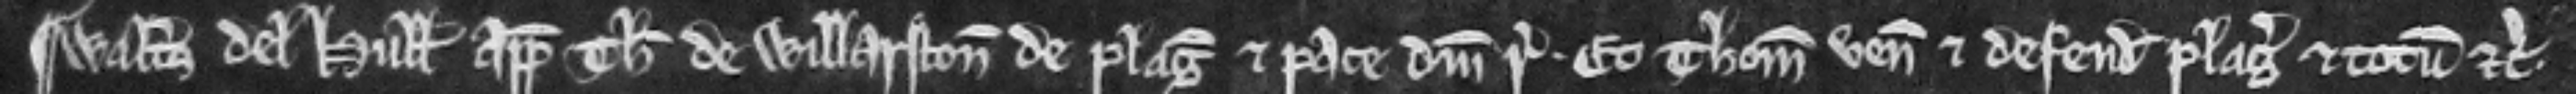
¶ Walterus de Hull appellat Thomam de Willarston de plagis et pace domini regis. Et Thomas venit et defendit plagas et totum etc.